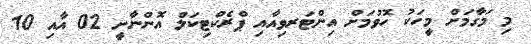
މި މަގާމަށް މީހަކު ހޮވުމަށް އިންޓަރވިއާއި ޕްރެކްޓިކަލް އޮންނާނީ 02 އާއި 10